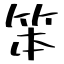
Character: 笨